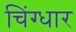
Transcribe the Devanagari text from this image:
चिंग्धार